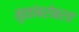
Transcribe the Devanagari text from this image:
मुळांबरोबरच